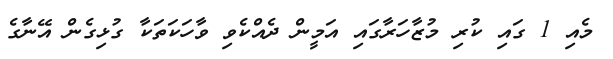
މެއި 1 ގައި ކުރި މުޒާހަރާގައި އަމީން ދެއްކެވި ވާހަކަތަކާ ގުޅިގެން އޭނާގެ